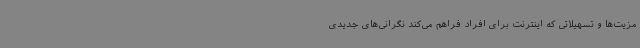
مزیت‌ها و تسهیلاتی که اینترنت برای افراد فراهم می‌کند نگرانی‌های جدیدی